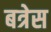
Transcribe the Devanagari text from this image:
बत्रेस